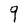
Character: g